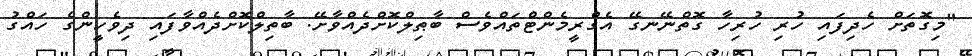
"މިގޮތަށް ހެދިފައި ހުރި ހުރިހާ ގޮތްނޭނގޭ އެގްރީމެންޓްތައްވެސް ބާޠިލްކޮށްދެއްވާށޭ. ބާތިލްކޮށްދެއްވާފައި ދިވެހީންގެ ހައްގު